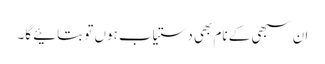
ان سبھی کے نام بھی دستیاب ہوں تو بتائیے گا۔